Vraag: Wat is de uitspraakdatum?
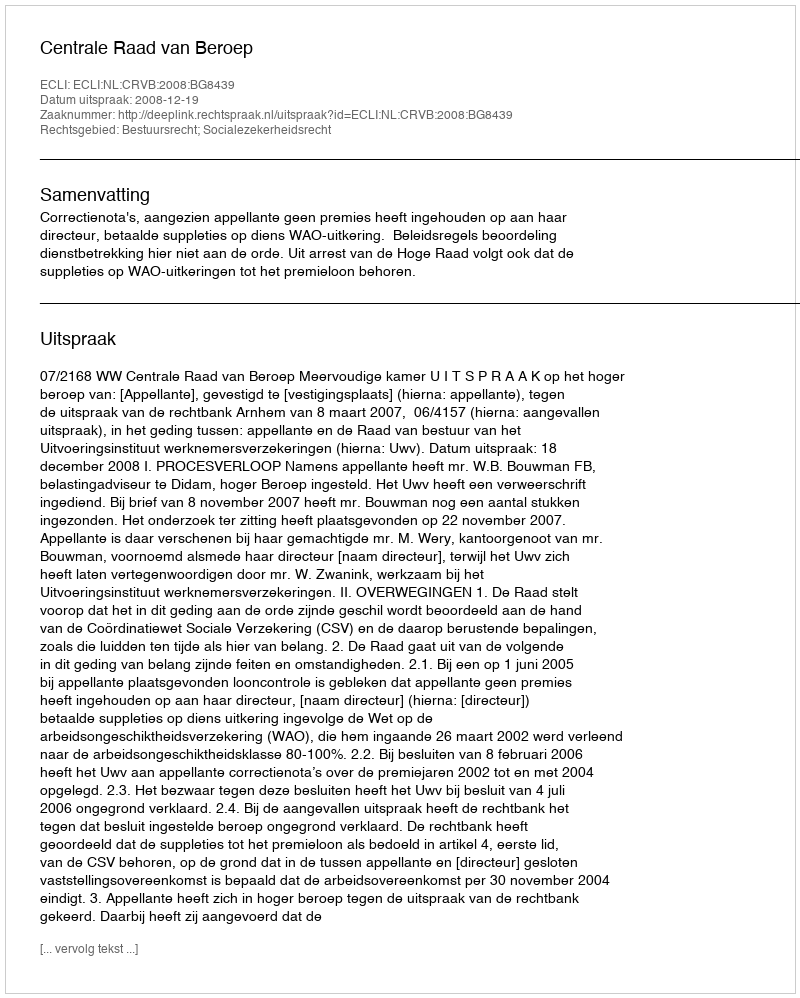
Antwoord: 2008-12-19